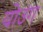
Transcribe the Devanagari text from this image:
योउंग